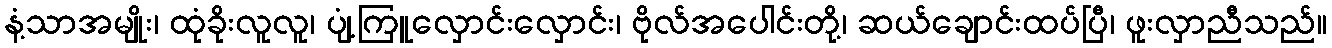
နံ့သာအမျိုး၊ ထုံခိုးလူလူ၊ ပျံ့ကြူလှောင်းလှောင်း၊ ဗိုလ်အပေါင်းတို့၊ ဆယ်ချောင်းထပ်ပြီ၊ ဖူးလှာညီသည်။